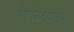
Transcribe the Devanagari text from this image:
गंगैकोंडचोलेश्वर